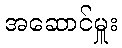
အဆောင်မှူး